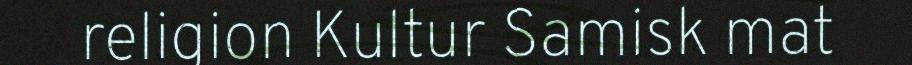
religion Kultur Samisk mat